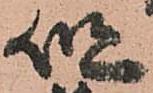
但